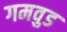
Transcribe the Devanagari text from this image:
गमवुड